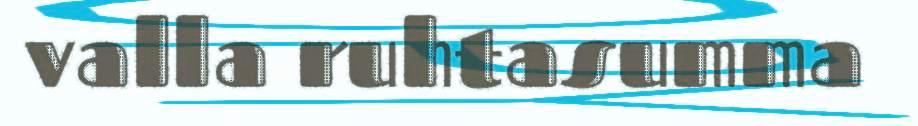
valla ruhtasumma